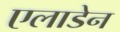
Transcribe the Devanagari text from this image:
एलाडेन